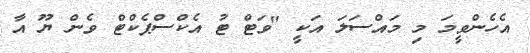
އެހެންވީމަ މި މައްސަލަ އަކީ "ވަޓް ޓު އެކްސްޕެކްޓް ވެން ޔޫ އާ